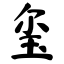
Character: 玺